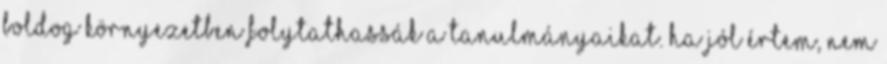
boldog környezetben folytathassák a tanulmányaikat. Ha jól értem, nem